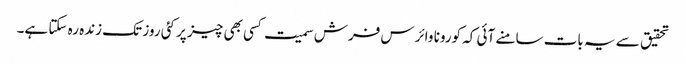
تحقیق سے یہ بات سامنے آئی کہ کورونا وائرس فرش سمیت کسی بھی چیز پر کئی روز تک زندہ رہ سکتا ہے۔